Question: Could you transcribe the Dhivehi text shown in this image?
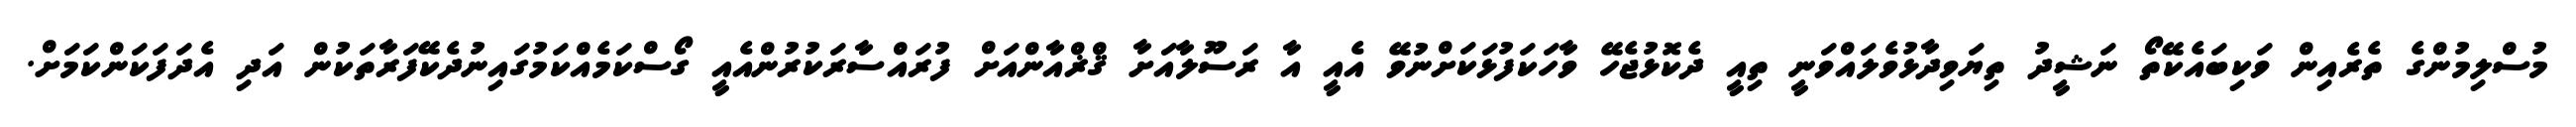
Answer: މުސްލިމުންގެ ތެރެއިން ވަކިބައެކޭތޯ ނަޝީދު ތިޔަވިދާޅުވެލައްވަނީ ތިއީ ދެކޮޅުޖެހޭ ވާހަކަފުޅަކަށްނުވޭ އެއީ އާ ރަސޫލާއަށާ ޤްޜްއާންއަށް ފުރައްސާރަކުރުންއެއީ ގޯސްކަމެއްކަމުގައިނުދެކޭފަރާތަކުން އަދި އެދަފަކަންކަމަށް.